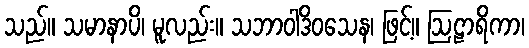
သည်။ သမာနာပိ၊ မူလည်း။ သဘာဝါဒိဝသေန၊ ဖြင့်။ ဩဠာရိကာ၊